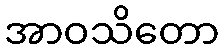
အာဝသိတော